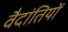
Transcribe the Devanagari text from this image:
वैदांतियों